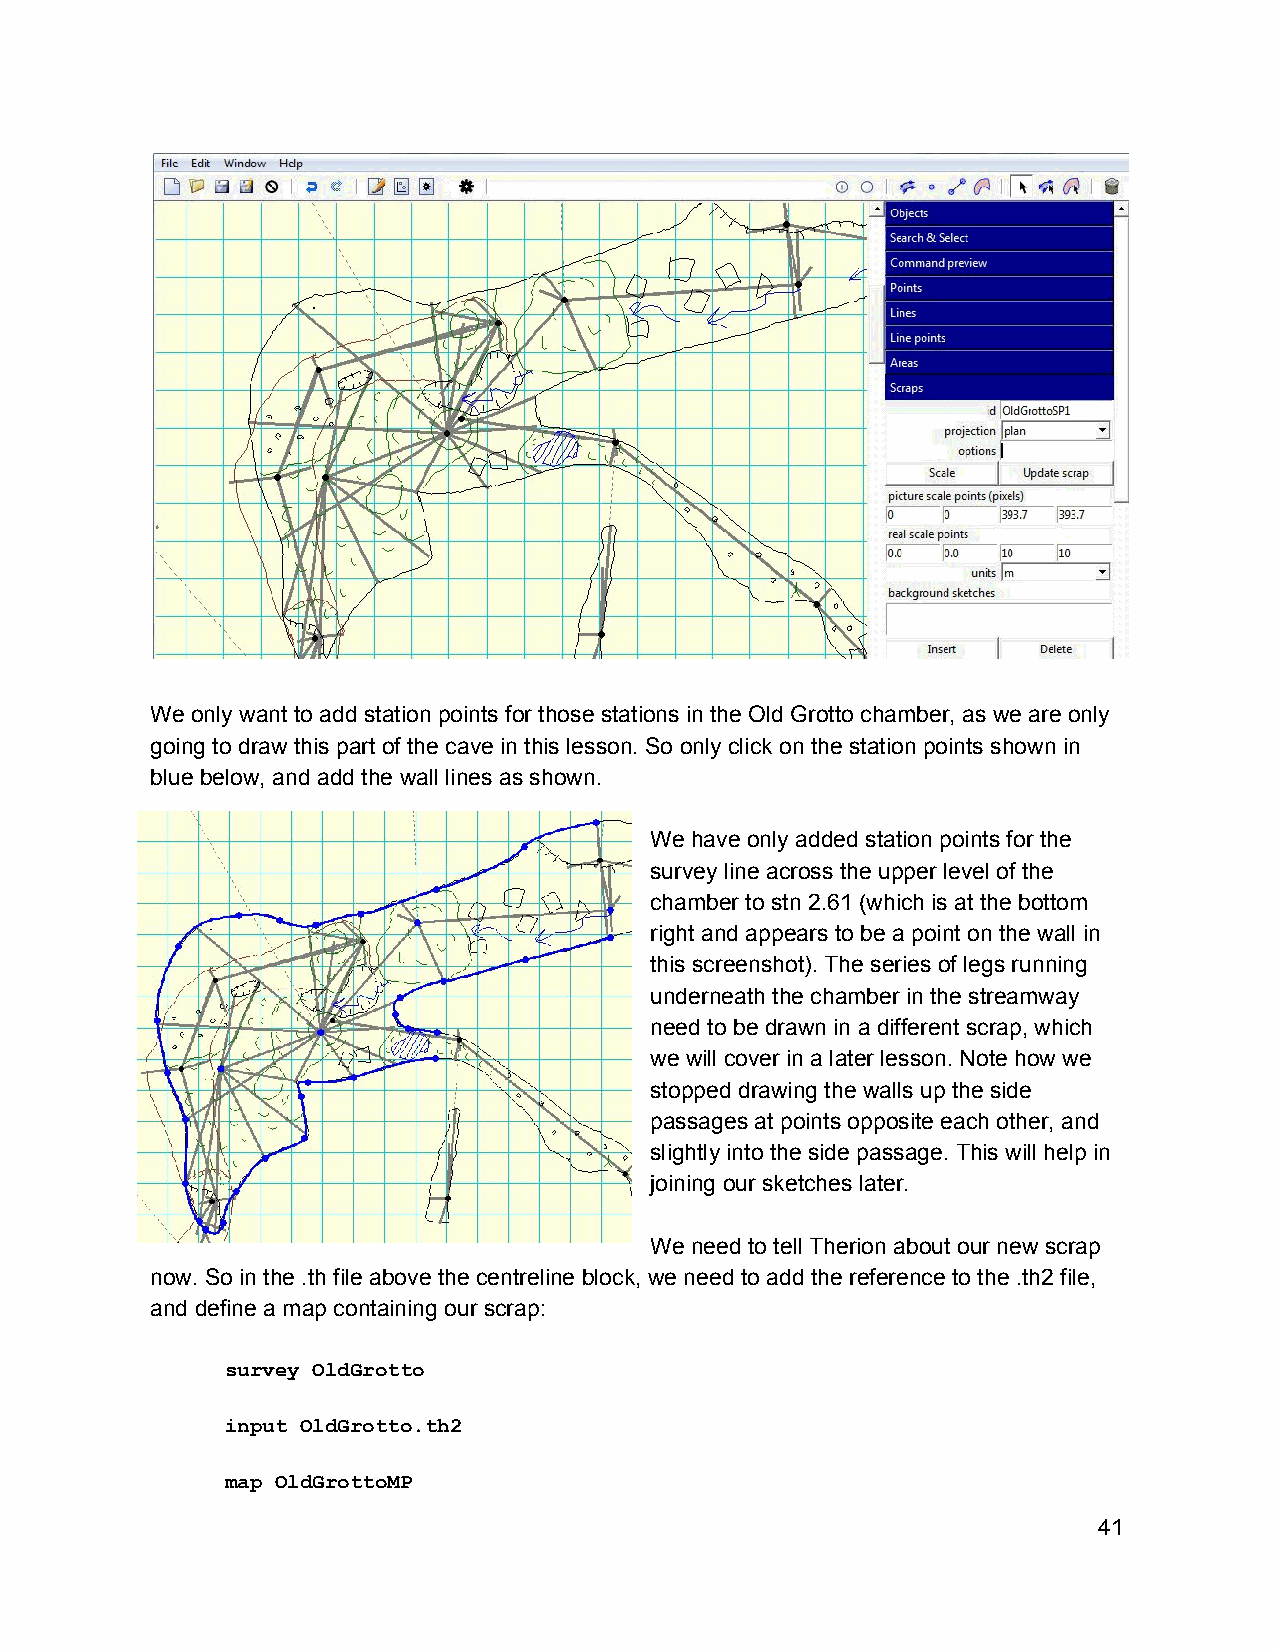
We only want to add station points for those stations in the Old Grotto chamber, as we are only
 going to draw this part of the cave in this lesson. So only click on the station points shown in
 blue below, and add the wall lines as shown.
 We have only added station points for the
 survey line across the upper level of the
 chamber to stn 2.61 (which is at the bottom
 right and appears to be a point on the wall in
 this screenshot). The series of legs running
 underneath the chamber in the streamway
 need to be drawn in a different scrap, which
 we will cover in a later lesson. Note how we
 stopped drawing the walls up the side
 passages at points opposite each other, and
 slightly into the side passage. This will help in
 joining our sketches later.
 We need to tell Therion about our new scrap
 now. So in the .th file above the centreline block, we need to add the reference to the .th2 file,
 and define a map containing our scrap:
 survey OldGrotto
 input OldGrotto.th2
 map OldGrottoMP
 41